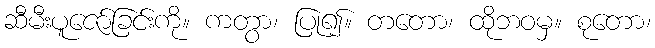
ဆီမီးပူဇော်ခြင်းကို။ ကတွာ၊ ပြု၍။ တတော၊ ထိုဘဝမှ။ စုတော၊